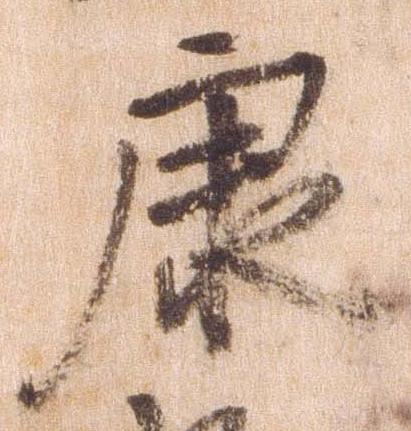
康